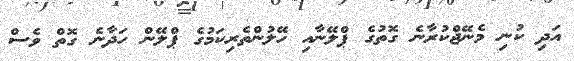
އަދި ކުނި މެނޭޖްކުރާނެ ގޮތުގެ ޕްލޭނާއި ހޭލުންތެރިކަމުގެ ޕްލޭން ހަދާނެ ގޮތް ވެސް